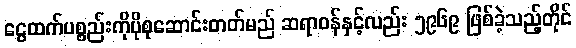
ငွေထက်ပစ္စည်းကိုပိုစုဆောင်းတတ်မည် ဆရာဝန်နှင့်လည်း ၅၉၆၉ ဖြစ်ခဲ့သည့်တိုင်